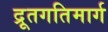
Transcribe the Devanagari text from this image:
द्रूतगतिमार्ग